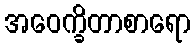
အဝေက္ခိတာစာရော